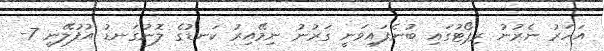
އަހަރު ނެރުނު ރިޕޯޓުގައި ބުނެފައިވަނީ ގަރުނު ނިމޭއިރު ކަނޑުގެ ލޮނުގަނޑު އުފުލޭނީ 7-